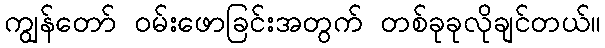
ကျွန်တော် ဝမ်းဖောခြင်းအတွက် တစ်ခုခုလိုချင်တယ်။